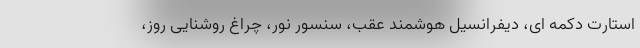
استارت دکمه ای، دیفرانسیل هوشمند عقب، سنسور نور، چراغ روشنایی روز،